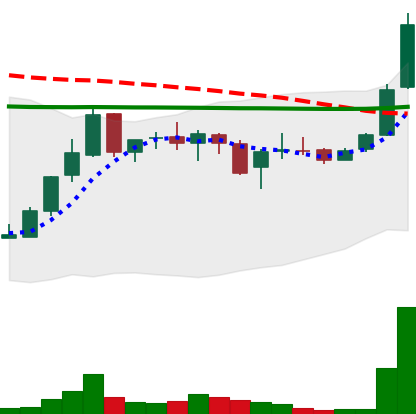
Ticker: LINK-USD
Chart end date: 2019-01-04
Forward return: -8.091%
Label: down_7plus